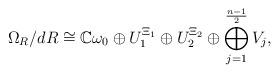
LaTeX: \begin{align*} \Omega_R/dR \cong \mathbb{C} \omega_0 \oplus U_1^{\Xi_1} \oplus U_2^{\Xi_2} \oplus \bigoplus_{j=1}^{\frac{n-1}{2}} V_{j}, \end{align*}